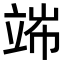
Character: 𥪄